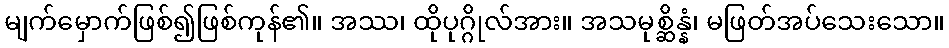
မျက်မှောက်ဖြစ်၍ဖြစ်ကုန်၏။ အဿ၊ ထိုပုဂ္ဂိုလ်အား။ အသမုစ္ဆိန္နံ၊ မဖြတ်အပ်သေးသော။